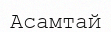
Асамтай